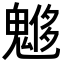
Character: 𩳲